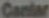
Cantar